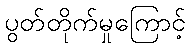
ပွတ်တိုက်မှုကြောင့်